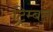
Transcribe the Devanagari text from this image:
ट्रिम्बल